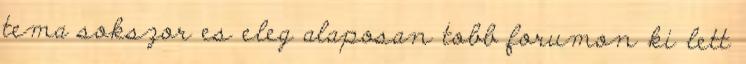
tema sokszor es eleg alaposan tobb forumon ki lett